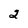
Character: 2